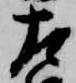
左